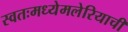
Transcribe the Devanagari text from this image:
स्वतःमध्येमलेरियाची